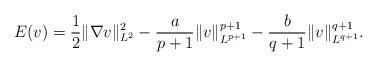
LaTeX: \begin{align*}E(v)=\frac{1}{2}\|\nabla v\|_{L^2}^2-\frac{a}{p+1}\|v\|_{L^{p+1}}^{p+1}-\frac{b}{q+1}\|v\|_{L^{q+1}}^{q+1}.\end{align*}